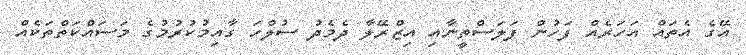
އޭގެ އެތައް އަހަރެއް ފަހުން ފަލަސްތީނާއި އިޒްރޭލާ ދެމެދު ސުލްހަ ގާއިމުކުރުމުގެ މަސައްކަތްތަކެއް